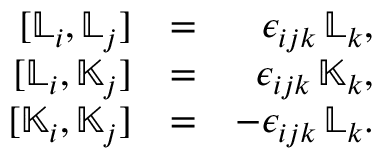
\begin{array} { r l r } { [ { \mathbb L } _ { i } , { \mathbb L } _ { j } ] } & { = } & { \epsilon _ { i j k } \, { \mathbb L } _ { k } , } \\ { [ { \mathbb L } _ { i } , { \mathbb K } _ { j } ] } & { = } & { \epsilon _ { i j k } \, { \mathbb K } _ { k } , } \\ { [ { \mathbb K } _ { i } , { \mathbb K } _ { j } ] } & { = } & { - \epsilon _ { i j k } \, { \mathbb L } _ { k } . } \end{array}